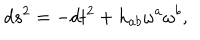
d s ^ { 2 } = - d t ^ { 2 } + h _ { a b } \omega ^ { a } \omega ^ { b } ,